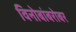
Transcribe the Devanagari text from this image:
विनोबांबरोबर